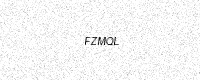
Text: FZMQL